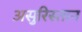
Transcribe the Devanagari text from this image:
असुरिस्तान